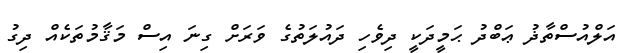
އަލްއުސްތާޛު ޢަބްދު ޙަމީދަކީ ދިވެހި ދައުލަތުގެ ވަރަށް ގިނަ އިސް މަޤާމުތަކެއް ދިގު